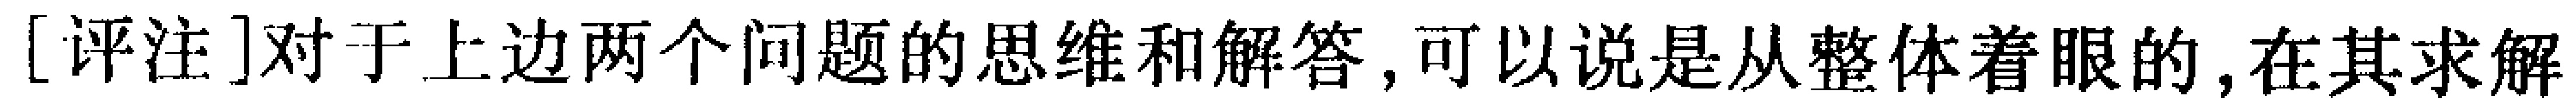
[评注]对于上边两个问题的思维和解答,可以说是从整体着眼的,在其求解